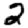
Digit: 2